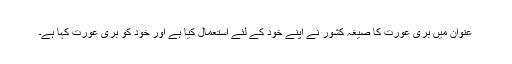
عنوان میں بری عورت کا صیغہ کشور نے اپنے خود کے لئے استعمال کیا ہے اور خود کو بری عورت کہا ہے۔